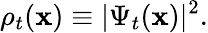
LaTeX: \rho_{t}(\mathbf{x})\equiv|\Psi_{t}(\mathbf{x})|^{2}.